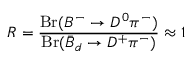
R = \frac { \mathrm { B r } ( B ^ { - } \to D ^ { 0 } \pi ^ { - } ) } { \mathrm { B r } ( \bar { B } _ { d } \to D ^ { + } \pi ^ { - } ) } \approx 1